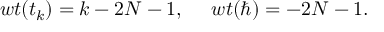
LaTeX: w t ( t _ { k } ) = k - 2 N - 1 , ~ ~ ~ ~ w t ( \hbar ) = - 2 N - 1 .